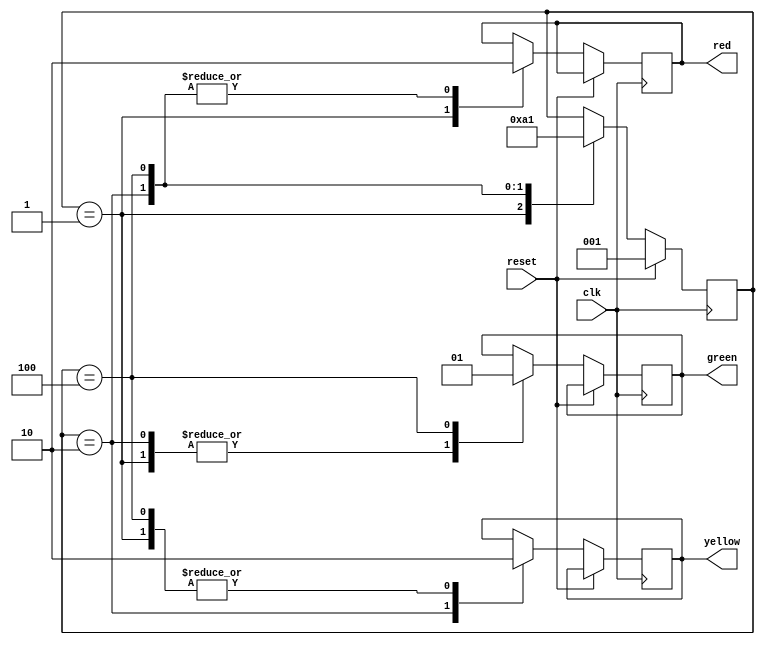

`timescale 1ns / 1ps

module traffic_light_controller(
  input clk, reset, 
  output reg red, yellow, green );

localparam RED = 3'b001; 
localparam YELLOW = 3'b010;
localparam GREEN = 3'b100;

reg [2:0] state; 

always @(posedge clk)
begin
  if (reset) 
    state <= RED;
  else
    case (state)
      RED: begin
        red <= 1'b1;
        yellow <= 1'b0;
        green <= 1'b0;
        state <= YELLOW;
      end

      YELLOW: begin
        red <= 1'b0;
        yellow <= 1'b1; 
        green <= 1'b0;
        state <= GREEN;
      end

      GREEN: begin
        red <= 1'b0;
        yellow <= 1'b0;
        green <= 1'b1;
        state <= RED;
      end
    endcase
end

endmodule